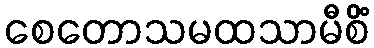
စေတောသမထသာမီစိံ